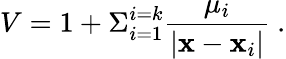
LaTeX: V=1+\Sigma_{i=1}^{i=k}{\frac{\mu_{i}}{|{\mathbf x}-{\mathbf x}_{i}|}}\ .